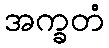
အက္ခတံ